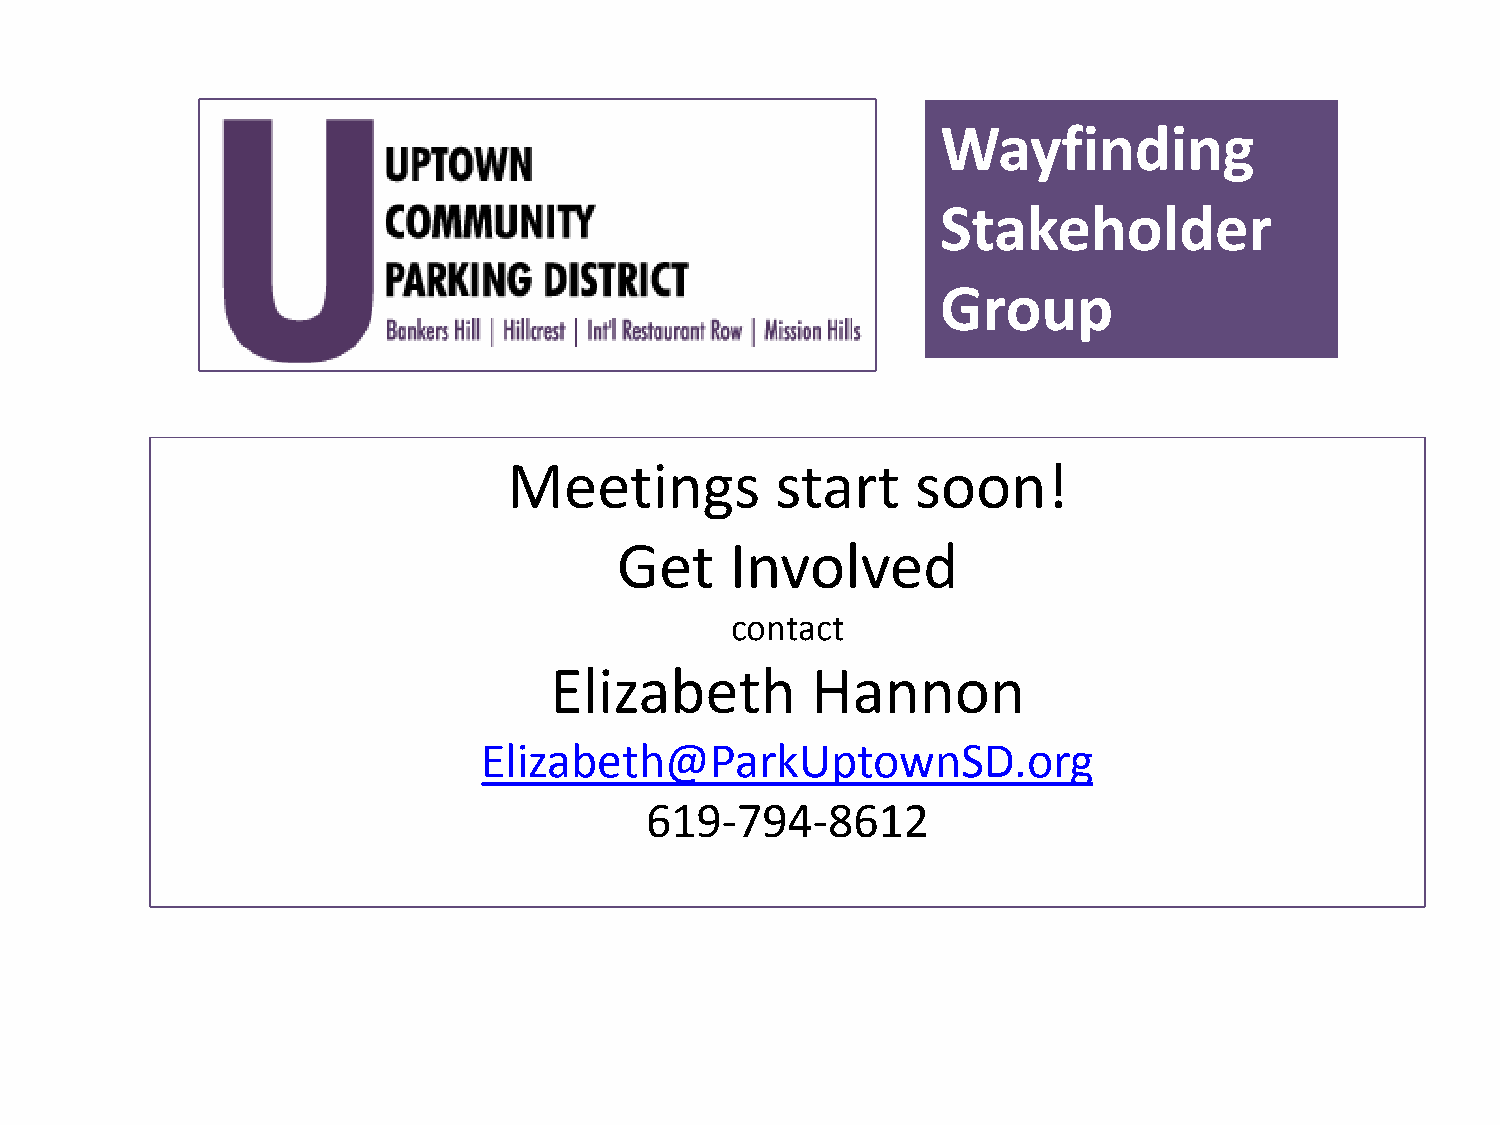
Wayfinding
 Stakeholder
 Group
 Meetings         start     soon!
 Get    Involved
 contact
 Elizabeth         Hannon
 Elizabeth@ParkUptownSD.org
 619-794-8612